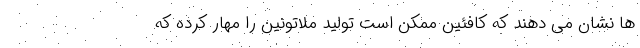
ها نشان می دهند که کافئین ممکن است تولید ملاتونین را مهار کرده که